Insane asylums in Bengal annual reports 1867-1875 - 1867-1875
Year: 1867
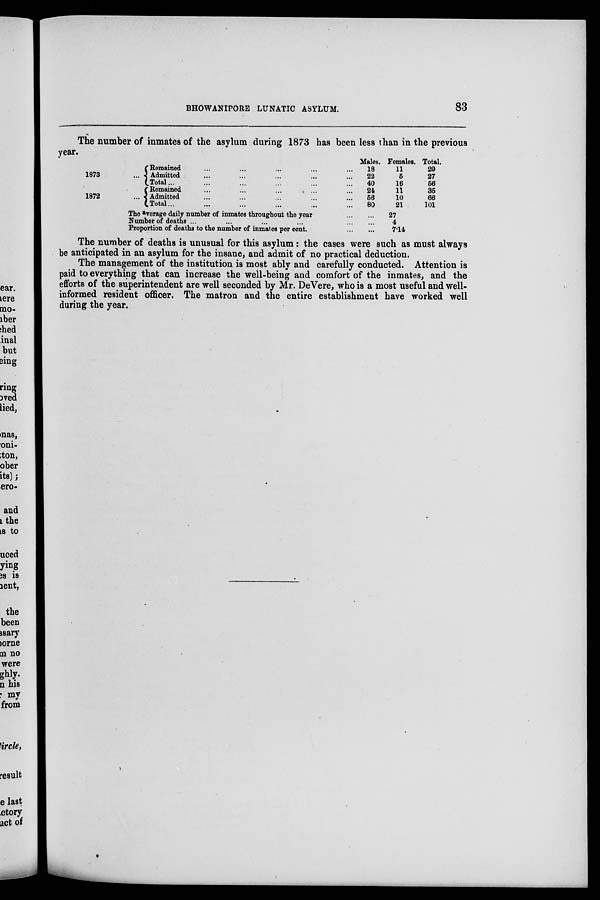
BHOWANIPORE LUNATIC ASYLUM.
83
The number of inmates of the asylum during 1873 has been less than in the previous
year.
1873 ...
1872 ...
Remained ... ... ... ... ...
Admitted ... ... ... ... ...
Total ... ... ... ... ... ...
Remained ... ... ... ... ...
Admitted ... ... ... ... ...
Total... ... ... ... ... ...
Males.
18
22
40
24
56
80
Females.
11
5
16
11
10
21
Total.
29
27
56
35
66
101
The average daily number of inmates throughout the year
...
...
Number of deaths ...
...
...
...
...
...
Proportion of deaths to the number of inmates per cent.
...
...
27
4
7.14
The number of deaths is unusual for this asylum : the cases were such as must always
be anticipated in an asylum for the insane, and admit of no practical deduction.
The management of the institution is most ably and carefully conducted. Attention is
paid to everything that can increase the well-being and comfort of the inmates, and the
efforts of the superintendent are well seconded by Mr. DeVere, who is a most useful and well-
informed resident officer. The matron and the entire establishment have worked well
during the year.